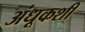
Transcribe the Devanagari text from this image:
अंधूकशी